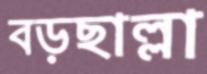
বড়ছাল্লা